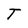
Character: T